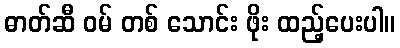
ဓာတ်ဆီ ဝမ် တစ် သောင်း ဖိုး ထည့်ပေးပါ။